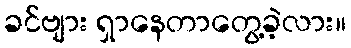
ခင်ဗျား ရှာနေတာတွေ့ခဲ့လား။